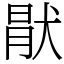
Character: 猒